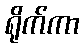
ရိုက်ကာ